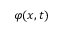
\varphi ( x , t )